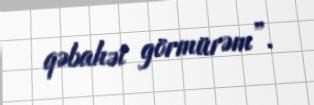
qəbahət görmürəm”.